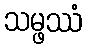
သမ္ဖဿံ